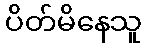
ပိတ်မိနေသူ